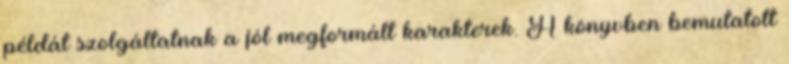
példát szolgáltatnak a jól megformált karakterek. A könyvben bemutatott